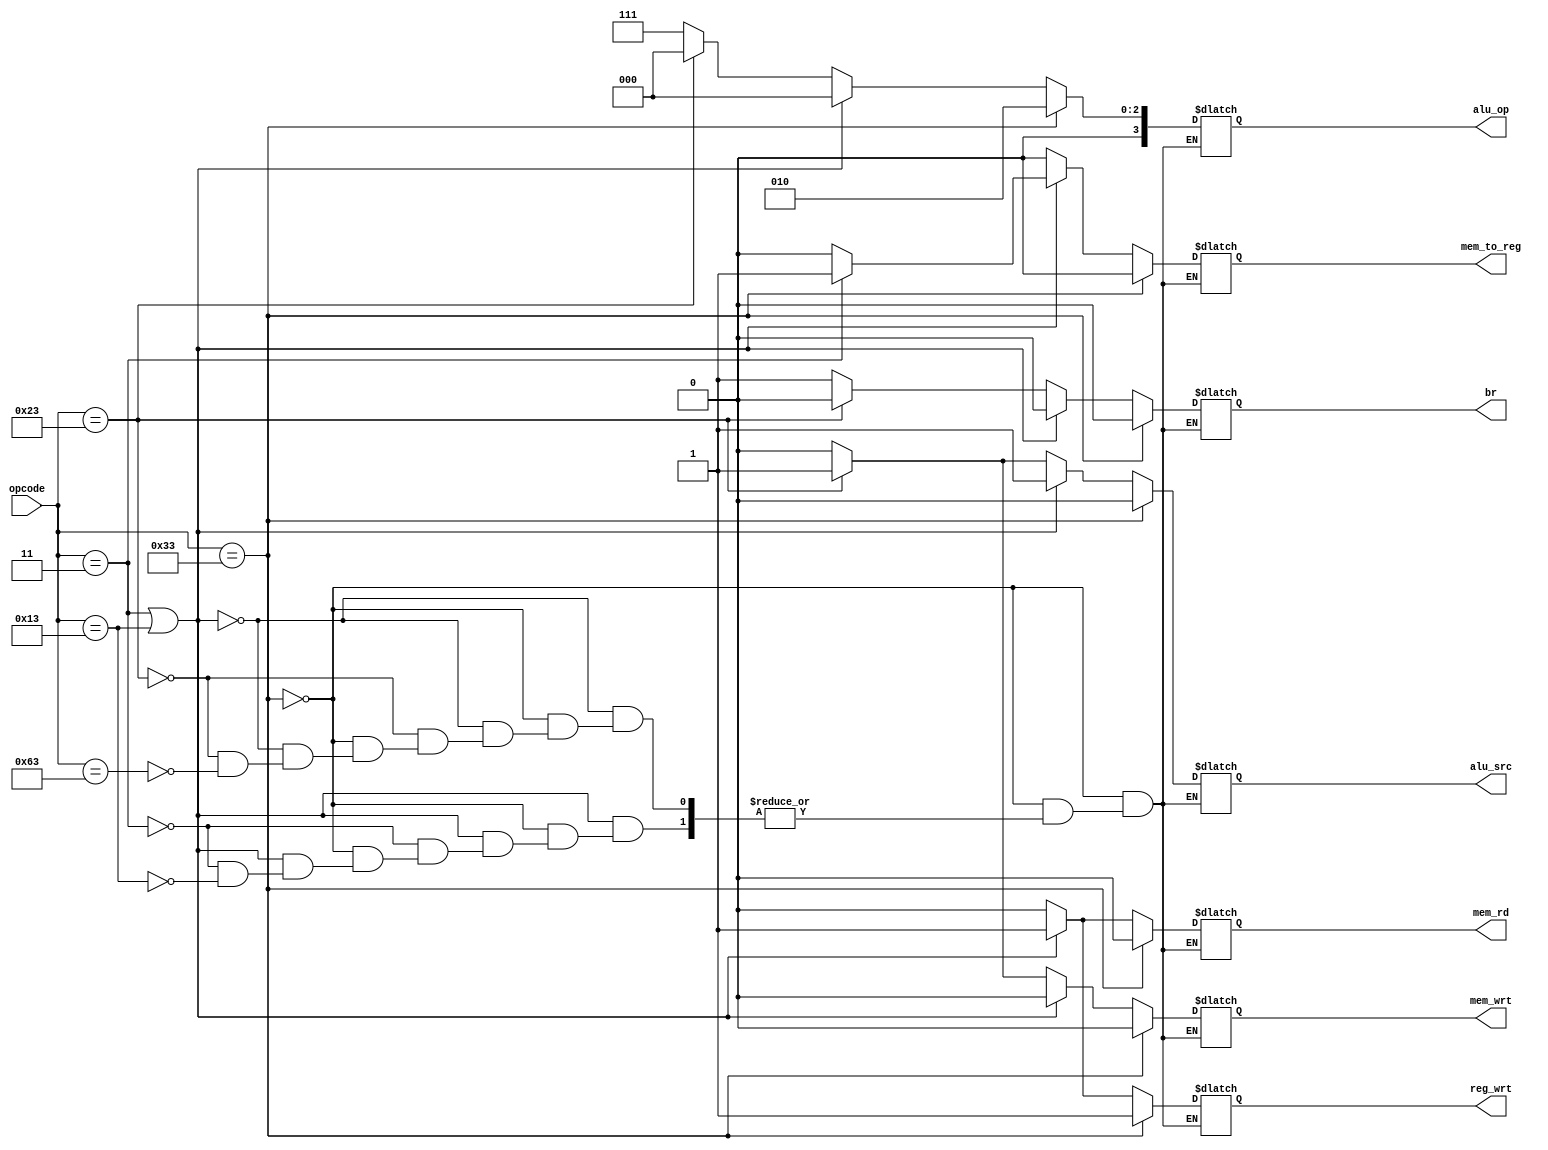
module control(opcode, alu_src, mem_to_reg, reg_wrt, mem_rd, mem_wrt, br, alu_op);

input[6:0] opcode;
output reg alu_src;
output reg mem_to_reg;
output reg reg_wrt;
output reg mem_rd;
output reg mem_wrt;
output reg br;
output reg[3:0] alu_op;

always@(opcode)
begin
        if (opcode == 7'b0110011) begin //R-type
            alu_src = 1'b0;
            mem_to_reg = 1'b0;
            reg_wrt = 1'b1;
            mem_rd = 1'b0;
            mem_wrt = 1'b0;
            br = 1'b0;
            alu_op = 4'b0010; //2
        end
        else if (opcode == 7'b0000011 | opcode == 7'b0010011) begin// I-type - load, ADDI
            if (opcode == 7'b0000011) begin
                alu_src = 1'b1;
                mem_to_reg = 1'b1;
                reg_wrt = 1'b1;
                mem_rd = 1'b1;
                mem_wrt = 1'b0;
                br = 1'b0;
                alu_op = 4'b0000; //0
            end
            else if (opcode == 7'b0010011) begin
                alu_src = 1'b1;
                mem_to_reg = 1'b0; 
                reg_wrt = 1'b1;
                mem_rd = 1'b1;
                mem_wrt = 1'b0;
                br = 1'b0;
                alu_op = 4'b0000; //0
            end
        end
        else if (opcode == 7'b0100011) begin// S-type - store
            alu_src = 1'b1;
            mem_to_reg = 1'b0;
            reg_wrt = 1'b0;
            mem_rd = 1'b0;
            mem_wrt = 1'b1;
            br = 1'b0;
            alu_op = 4'b0000; //0
        end
        else if (opcode == 7'b1100011) begin// B-type/J-type
            alu_src = 1'b0;
            mem_to_reg = 1'b0;
            reg_wrt = 1'b0;
            mem_rd = 1'b0;
            mem_wrt = 1'b0;
            br = 1'b1;
            alu_op = 4'b0111; //7
        end
end
endmodule